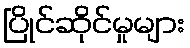
ပြိုင်ဆိုင်မှုများ